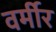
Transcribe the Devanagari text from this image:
वर्मीर